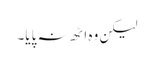
لیکن وہ اٹھ نہ پایا۔